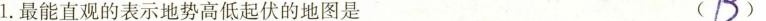
1.最能直观的表示地势高低起伏的地图是(##D##)